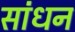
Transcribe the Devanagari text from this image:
सांधन